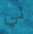
لي